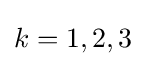
k=1,2,3